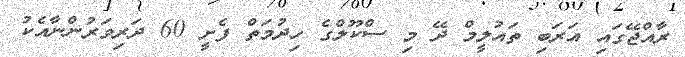
ރާއްޖޭގައި އަރަބި ތައުލީމް ދޭ މި ސްކޫލްގެ ހިދުމަތް ފެށީ 60 ދަރިވަރުންނާއެކު